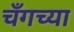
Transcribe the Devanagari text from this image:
चँगच्या